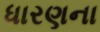
ધારણના